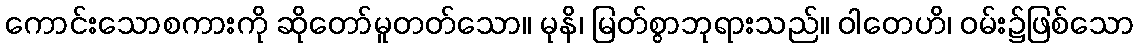
ကောင်းသောစကားကို ဆိုတော်မူတတ်သော။ မုနိ၊ မြတ်စွာဘုရားသည်။ ဝါတေဟိ၊ ဝမ်း၌ဖြစ်သော